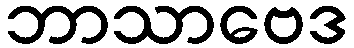
ဘာသာဗေဒ